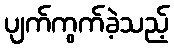
ပျက်ကွက်ခဲ့သည့်